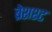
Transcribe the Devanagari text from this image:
ब्रेशश्ट